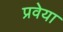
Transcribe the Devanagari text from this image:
प्रवेया